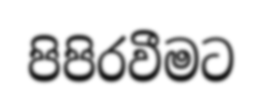
පිපිරවීමට